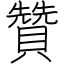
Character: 贊